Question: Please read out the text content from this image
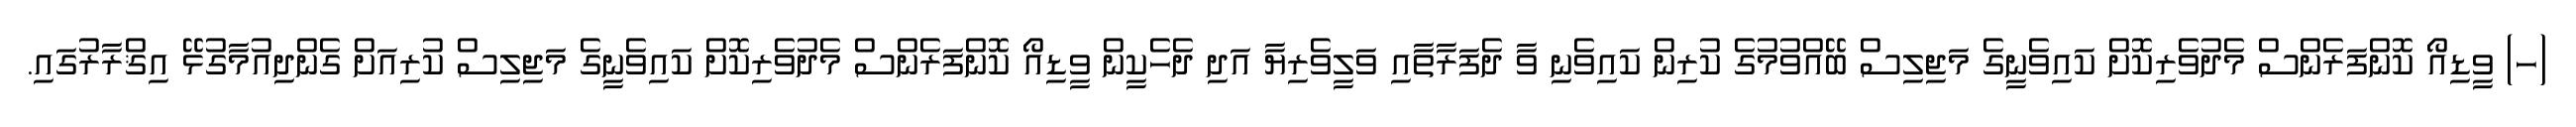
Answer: (ހ) ވީޑިއޯ ކޮންފަރެންސް މެދުވެރިކޮށް ކައިވެނީގެ މަޖިލިސް ބޭއްވުމުގެ ކުރިން ކައިވެނި ވާ ދެފަރާތާއި ވަލީވެރިޔާ އަދި ދެހެކީން ވީޑިއޯ ކޮންފަރެންސް މެދުވެރިކޮށް ކައިވެނީގެ މަޖިލިސް ކުރިއަށް ގެންދިއުމާގުޅޭ އިޤްރާރުގައި.